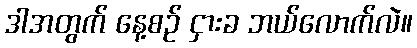
ဒါအတွက် နေ့စဉ် ငှားခ ဘယ်လောက်လဲ။